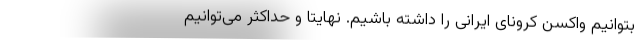
بتوانیم واکسن کرونای ایرانی را داشته باشیم. نهایتا و حداکثر می‌توانیم